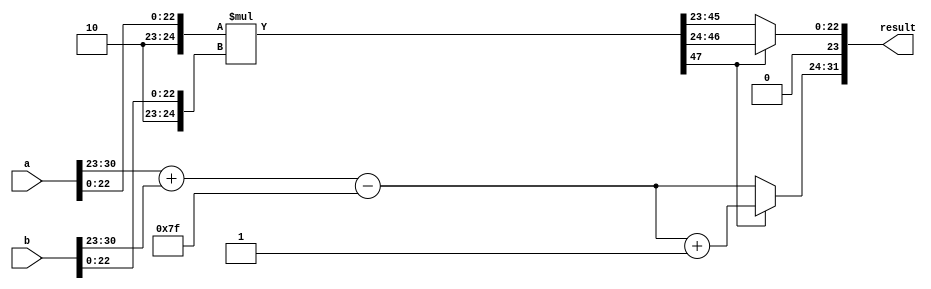
module FloatingPointWallaceTreeMultiplier (
    input [31:0] a, // Floating point input A (IEEE 754 single precision)
    input [31:0] b, // Floating point input B (IEEE 754 single precision)
    output reg [31:0] result // Result output (floating point)
);

    // Components
    wire sign_a, sign_b;
    wire [7:0] exp_a, exp_b;
    wire [23:0] mant_a, mant_b;
    wire [24:0] mant_a_ext, mant_b_ext;
    wire [8:0] exp_result;
    wire [47:0] mant_result; // To hold product of mantissas
    wire [23:0] mant_final;
    reg [7:0] exp_final;
    wire final_sign;

    // Extract components
    assign sign_a = a[31];
    assign exp_a = a[30:23];
    assign mant_a = a[22:0];
    assign sign_b = b[31];
    assign exp_b = b[30:23];
    assign mant_b = b[22:0];

    // Extend mantissas with implicit leading 1
    assign mant_a_ext = {1'b1, mant_a}; // 24-bits
    assign mant_b_ext = {1'b1, mant_b}; // 24-bits

    // Exponent addition with bias adjustment
    assign exp_result = exp_a + exp_b - 8'd127; // Adjust bias

    // Mantissa multiplication (using a Wallace Tree)
    // This is a placeholder. The full Wallace tree logic must be implemented separately.
    assign mant_result = mant_a_ext * mant_b_ext;

    // Normalization of the result and adjusting the exponent
    always @(*) begin
        // Check for overflow and underflow
        if (mant_result[47]) begin // Normalization case: needs to shift
            mant_final = mant_result[46:24]; // Shift right
            exp_final = exp_result + 1;      // Increase exponent
        end else begin
            mant_final = mant_result[45:23]; // Normalized directly as is
            exp_final = exp_result;           // Use our calculated exponent
        end

        // Determine the output sign
        final_sign = sign_a ^ sign_b; // XOR the sign bits

        // Pack into the final result
        result = {final_sign, exp_final, mant_final};
    end

endmodule